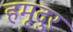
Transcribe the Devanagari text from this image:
हमूदुर